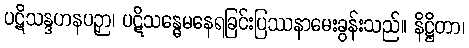
ပဋိသန္ဒဟနပဉှာ၊ ပဋိသန္ဓေမနေရခြင်းပြဿနာမေးခွန်းသည်။ နိဋ္ဌိတာ၊